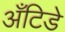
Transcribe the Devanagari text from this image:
अँटिडे